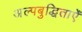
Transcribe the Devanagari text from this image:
अल्पबुद्धिताएँ